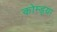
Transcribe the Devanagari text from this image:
कोम्ड्या